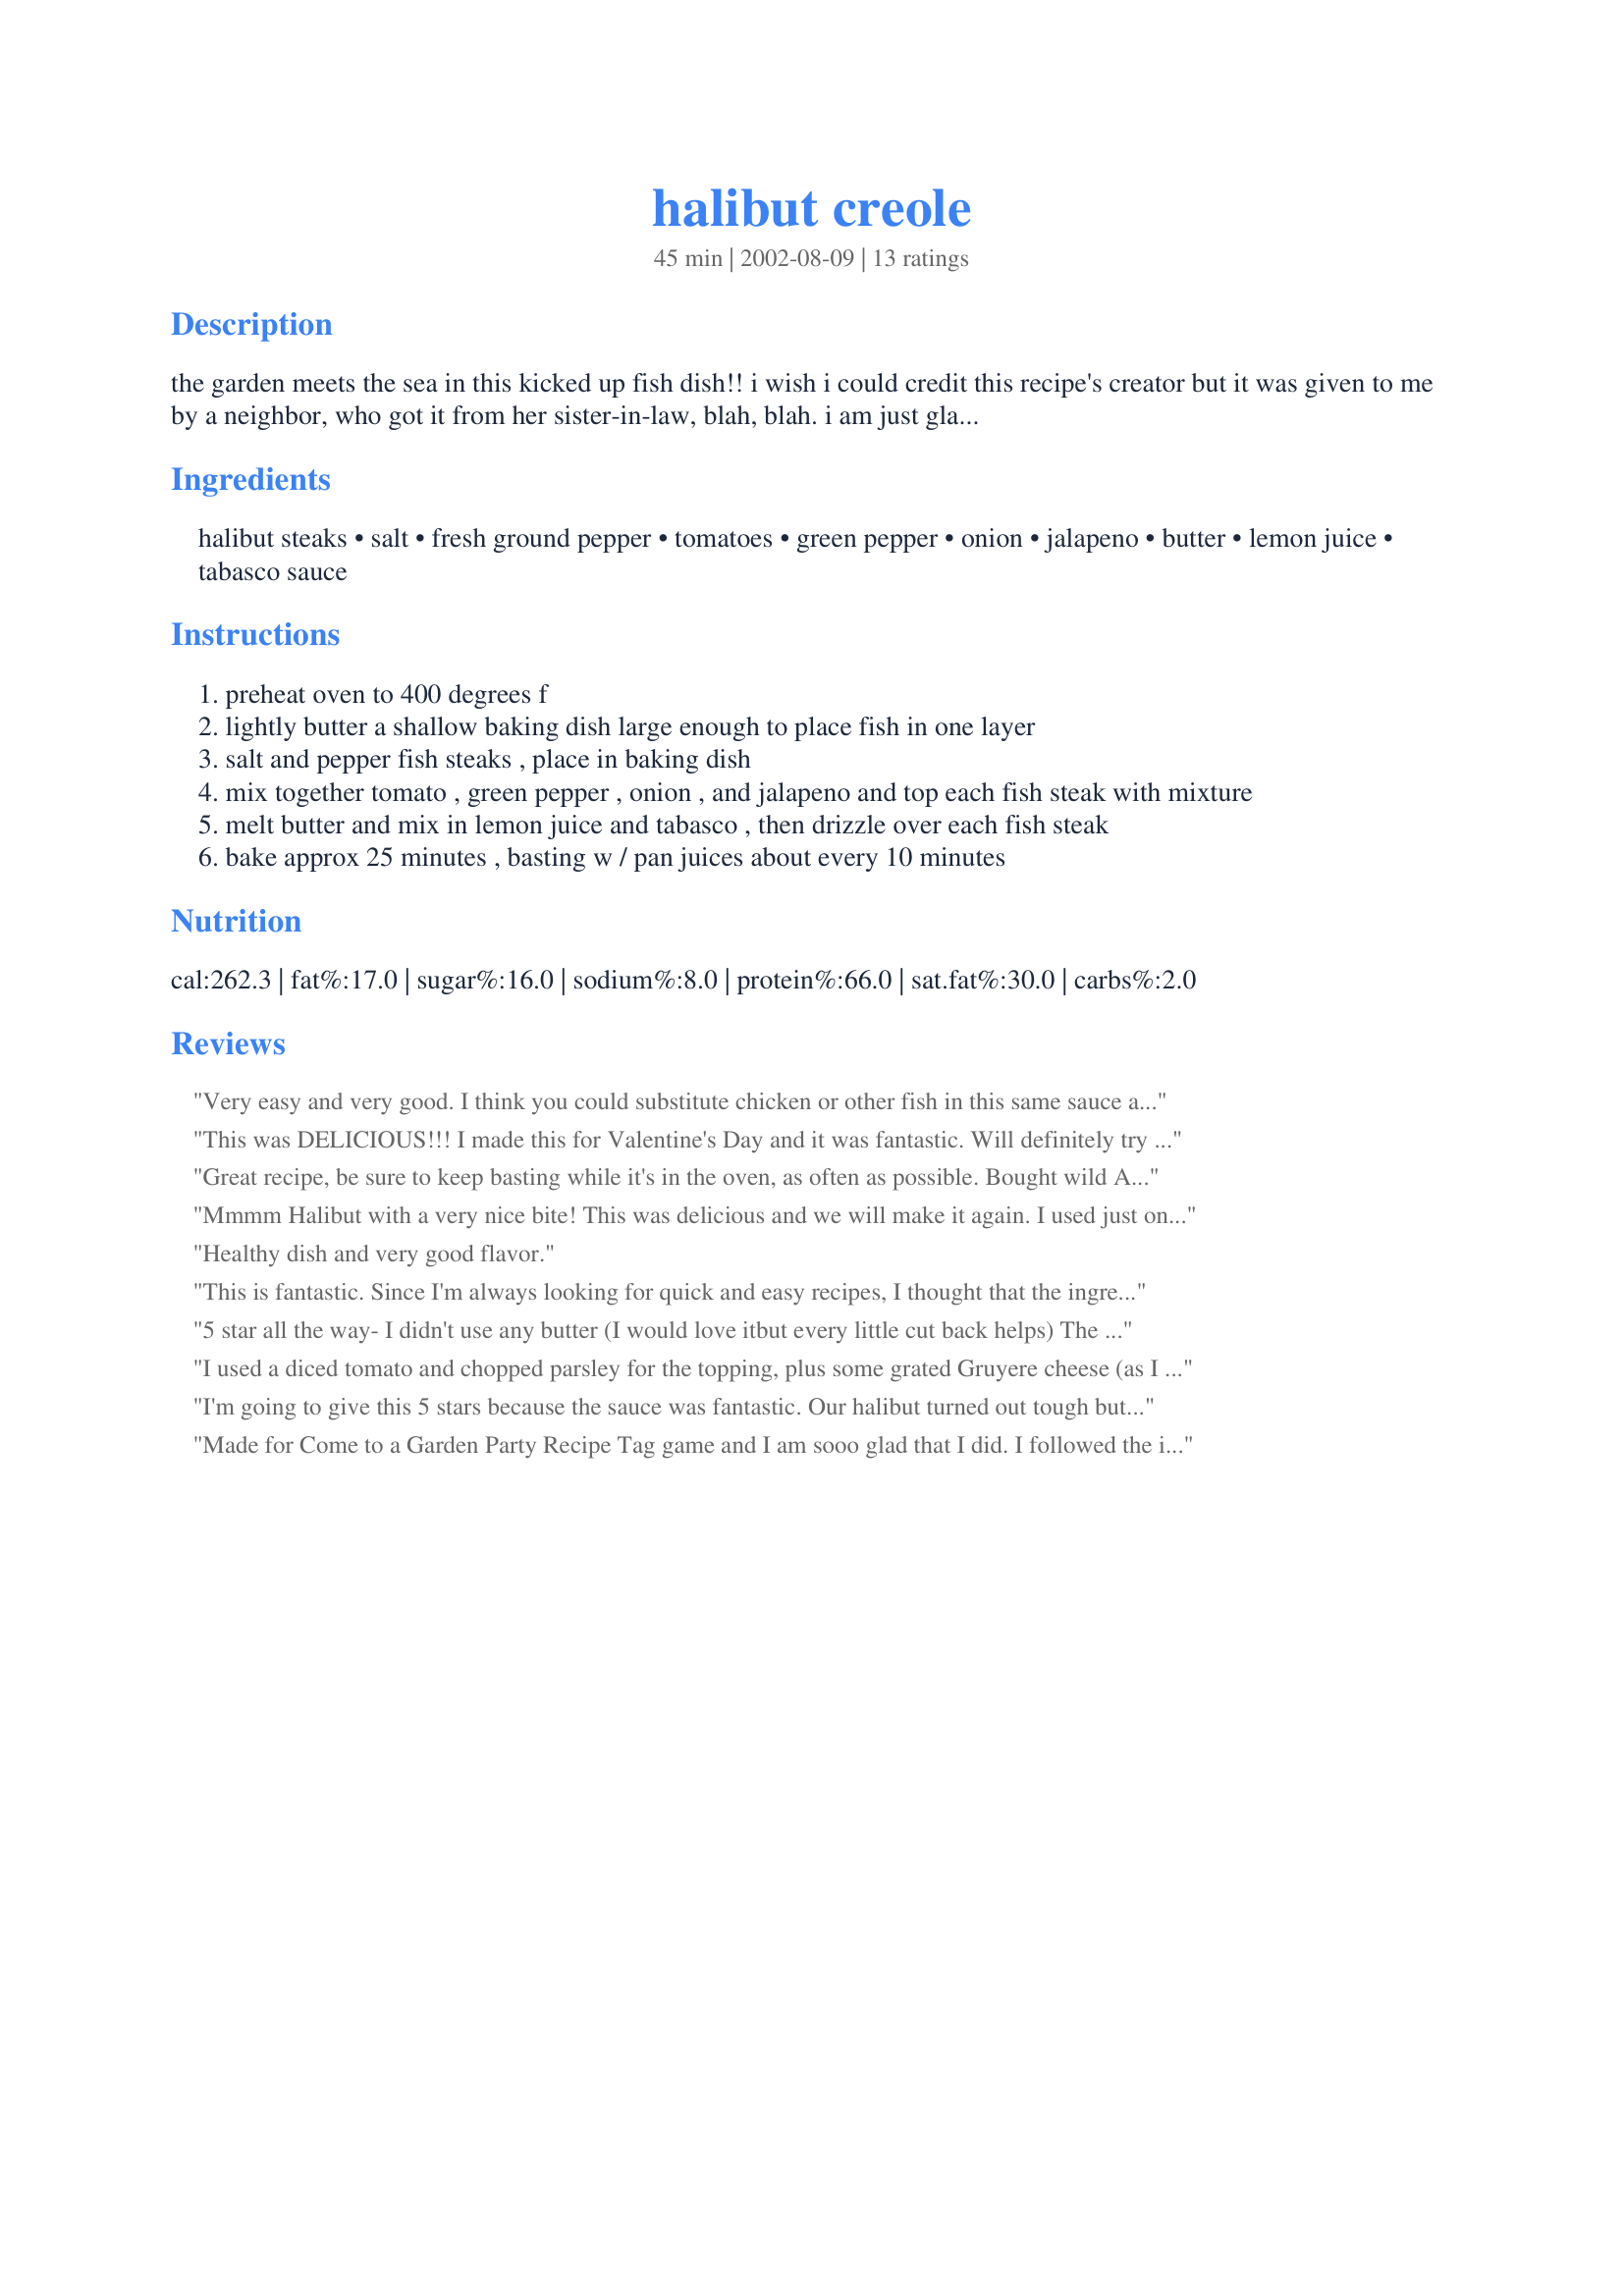
halibut creole
Preparation time: 45 minutes

the garden meets the sea in this kicked up fish dish!! i wish i could credit this recipe's creator but it was given to me by a neighbor, who got it from her sister-in-law, blah, blah. i am just glad it came to me!

Ingredients:
halibut steaks, salt, fresh ground pepper, tomatoes, green pepper, onion, jalapeno, butter, lemon juice, tabasco sauce

Steps:
preheat oven to 400 degrees f
lightly butter a shallow baking dish large enough to place fish in one layer
salt and pepper fish steaks , place in baking dish
mix together tomato , green pepper , onion , and jalapeno and top each fish steak with mixture
melt butter and mix in lemon juice and tabasco , then drizzle over each fish steak
bake approx 25 minutes , basting w / pan juices about every 10 minutes

Reviews:
Very easy and very good. I think you could substitute chicken or other fish in this same sauce and get great results as well. Thanks for a great quick and easy recipe!
This was DELICIOUS!!! I made this for Valentine's Day and it was fantastic. Will definitely try this again. Thanks Shae.
Great recipe, be sure to keep basting while it's in the oven, as often as possible. Bought wild Alaskan halibut from WholeFoods, fantastic.
Mmmm Halibut with a very nice bite! This was delicious and we will make it again. I used just one large tomato because that was all I had, followed the rest of the recipe as stated. The creole sauce was very good, I'd like to try it on chicken too. Thanks Shae for sharing a really good recipe.
Healthy dish and very good flavor.
This is fantastic. Since I'm always looking for quick and easy recipes, I thought that the ingredients listed sounded very close to the ingredients in the fresh salsa that I get in the produce department of my local supermarket. I used that and I saved myself lots of chopping and seeding. To finish it off, I topped the fillets with shredded cheddar cheese during the last 5 minutes of cooking. It was delicious!
5 star all the way- I didn't use any butter (I would love itbut every little cut back helps) The chopped peppers, onion & tomatoe are so colorful and tasty. The recipe is a real eyecatcher and a taste tantilizer.. I used Mama Africa's Piri piri sauce. . Definite do again recipe
11Feb 10 Made again and enjoyed just as much!
I used a diced tomato and chopped parsley for the topping, plus some grated Gruyere cheese (as I don't like green pepper). 19 minutes in the oven at 190-200 degrees C was all it needed to get juicily flaky. Very tasty! Other half loved it, too. :)
I'm going to give this 5 stars because the sauce was fantastic. Our halibut turned out tough but it was in the freezer for some time so I'll try again. Maybe with Tilapia.
Made for Come to a Garden Party Recipe Tag game and I am sooo glad that I did. I followed the instructions completely. Going into my Favorites of 2012. Thank you for posting.
I used some leftover homemade salsa (tomato, onion, cilantro, jalepeno, squeeze of lemon juice) in place of the chopped veggies, but added the melted butter and a squirt of hot sauce to this dish and .... I think it tastes awesome. My 4 and 2 year old did not care for this, but that may just be a fish bias on their parts. My husband said the flavor is good!
this is a great recipe!!! i omitted some ingredients as i was cooking for my mum who was a diabetic and with liver problems, and this is a great and simple dish that's refreshing! thanks!
Wow - this gets moved to my Tried & True File. I didn't have any jalapeno peppers so I used some cayenne pepper in place of them. Served with steamed rice and sauted asparagus. Excellent recipe. Thanks for posting.
